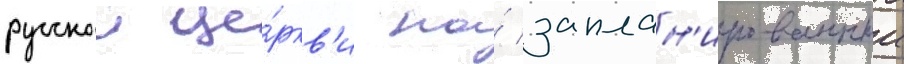
русскои це́ркв'и на́ заплан'ированныи